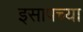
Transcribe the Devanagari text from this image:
इसापच्या